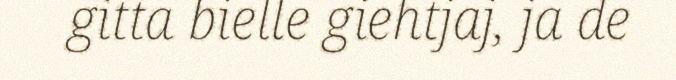
gitta bielle giehtjaj, ja de